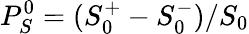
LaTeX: P_{S}^{0}=(S_{0}^{+}-S_{0}^{-})/S_{0}